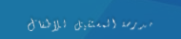
مدرسة المستقبل للأطفال